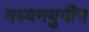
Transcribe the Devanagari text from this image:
मध्यनयुगीन